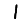
Digit: 1